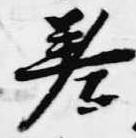
差